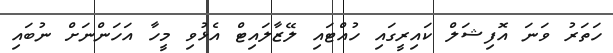
ހަތަރު ވަނަ އޮފިޝަލް ކައިރީގައި ހުއްޓައި ލޭޒާލައިޓް އެޅުވި މީހާ އަހަންނަށް ނުބައި